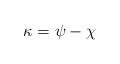
LaTeX: \begin{align*} \kappa = \psi-\chi\end{align*}